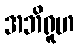
အဘိရူဟ